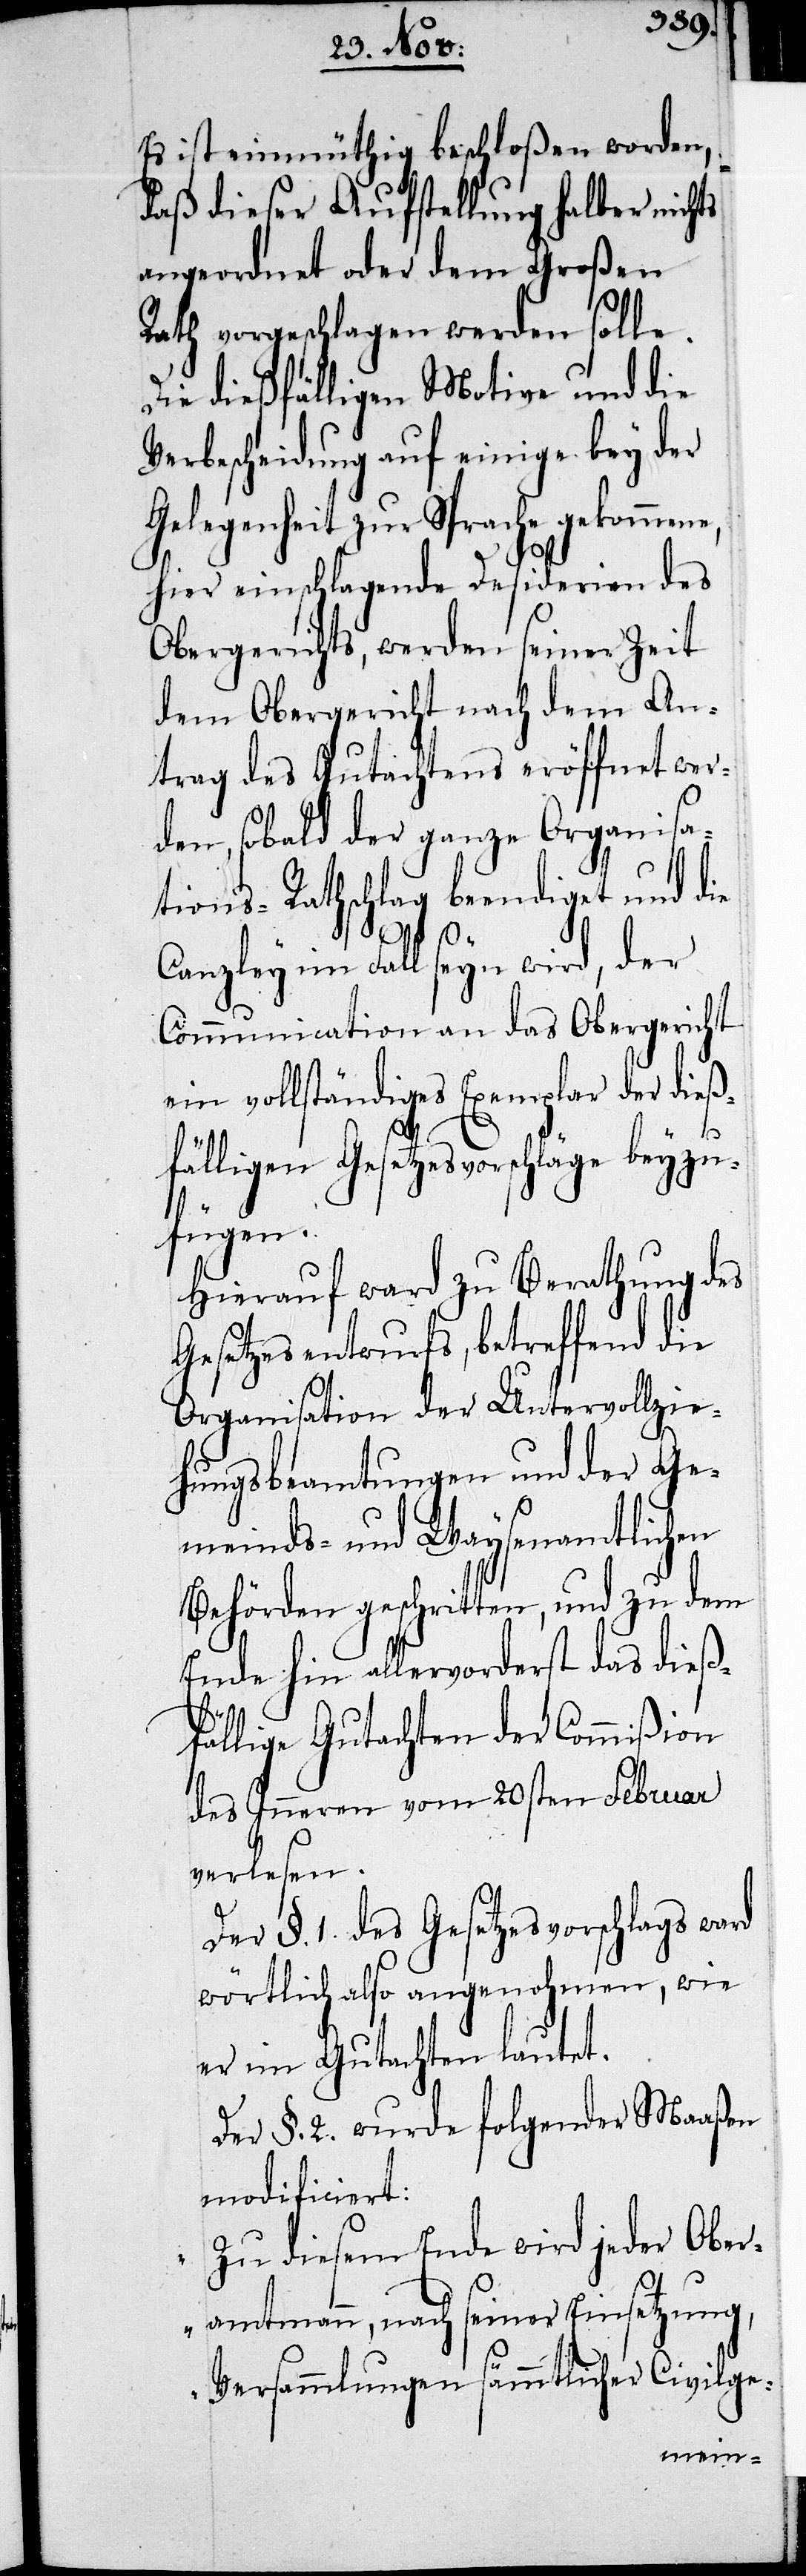
Es ist einmüthig beschloßen worden,
daß dieser Aufstellung halber nichts
angeordnet oder dem Großen
Rath vorgeschlagen werden solle.
Die dießfälligen Motive und die
Verbescheidung auf einige bey der
Gelegenheit zur Sprache gekommene,
hier einschlagende Desiderien des
Obergerichts, werden seiner Zeit
dem Obergericht nach dem An¬
trag des Gutachtens eröffnet wer¬
den, sobald der ganze Organisa¬
tions-Rathschlag beendiget und die
Canzley im Fall seyn wird, der
Communication an das Obergericht
ein vollständiges Exemplar der dieß¬
fälligen Gesetzesvorschläge beyzu¬
fügen.
Hierauf ward zu Berathung des
Gesetzesentwurfs, betreffend die
Organisation der Untervollzie¬
hungsbeamtungen und der Ge¬
meinds- und Waysenamtlichen
Behörden geschritten, und zu dem
Ende hin allervorderst das dieß¬
fällige Gutachten der Commißion
der Inneren vom 20sten Februar
verlesen.
Der §. 1. des Gesetzesvorschlags ward
wörtlich also angenohmen, wie
er im Gutachten lautet.
Der §. 2 wurde folgender Maaßen
modificiert:
„Zu diesem Ende wird jeder Ober¬
amtmann, nach seiner Einsetzung,
Versammlungen sämmtlicher Civilge-